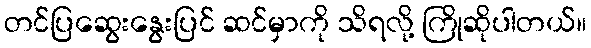
တင်ပြဆွေးနွေးပြင် ဆင်မှာကို သိရလို့ ကြိုဆိုပါတယ်။